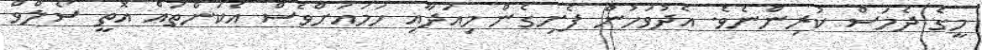
މީގެ ދެމަސް ކުރިންނެވެ. އެދުވަހުން ފެށިގެން މިއަދާއި ހަމައަށްވެސް އެކަންތައް އޮތީ ސޯލްވް